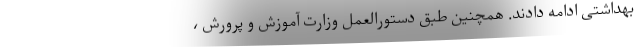
بهداشتی ادامه دادند. همچنین طبق دستورالعمل وزارت آموزش و پرورش ،